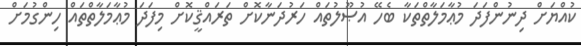
ކުއްޔަށް ދިނުންފަދަ މުޢާމަލާތްތަކާ ބެހޭ އުޞޫލުތައް ހަރުދަނާކޮށް ތަރައްޤީކޮށް މިފަދަ މުޢާމަލާތްތައް ހިންގުމަށް